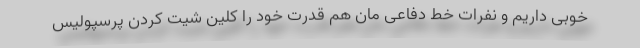
خوبی داریم و نفرات خط دفاعی مان هم قدرت خود را کلین شیت کردن پرسپولیس